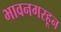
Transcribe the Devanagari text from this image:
भावनगरहून